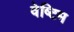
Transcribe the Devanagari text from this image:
वेष्टिम